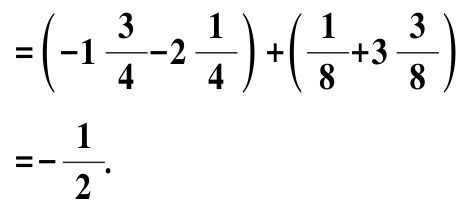
\[
\begin{align*}
&=\left(-1\frac{3}{4}-2\frac{1}{4}\right)+\left(\frac{1}{8}+3\frac{3}{8}\right)\\
&=-\frac{1}{2}.
\end{align*}
\]